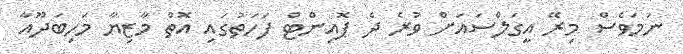
ނަމަވެސް މިރޭ އީގަލްސައަށް ވުރެ ދެ ޕޮއިންޓް ފަހަތުގައި އޮތް މާޒިޔާ މަހިބަދޫއާ